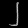
Digit: ၂